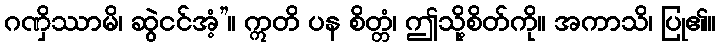
ဂဏှိဿာမိ၊ ဆွဲငင်အံ့”။ ဣတိ ပန စိတ္တံ၊ ဤသို့စိတ်ကို။ အကာသိ၊ ပြု၏။